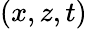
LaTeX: (x,z,t)